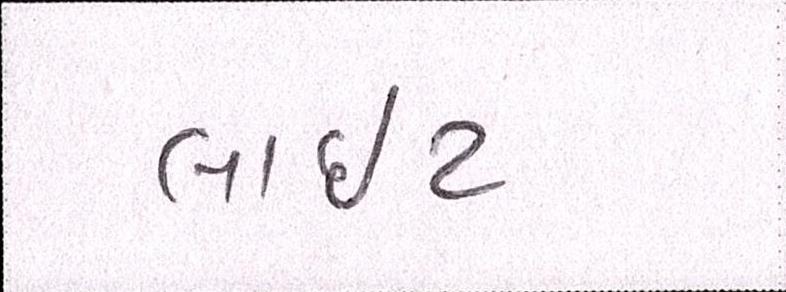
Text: લાઇટ